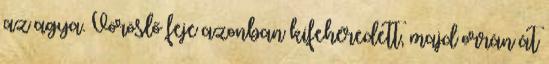
az agya. Vöröslő feje azonban kifehéredett, majd orrán át